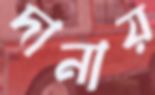
দানায়